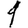
Digit: 1